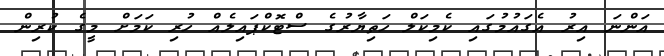
އަންނަ އިރު އެގައުމުގައި ކެމިކަލް ހަތިޔާރުގެ ސްޓޮކްޕައިލެއް ހުރި ކަމަށް މީގެ ކުރިން